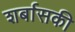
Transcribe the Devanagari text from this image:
शर्बासकी